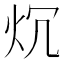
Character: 𤆤